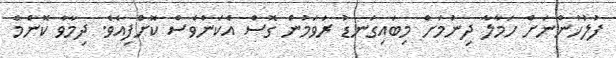
ފުލުހުންނަށް ހަމާލާ ދިނުމަށް މިބައިގަނޑު ރަވަމުން ގޮސް އެކަންވެސް ކޮށްފިއެވެ. ދިމާވާ ކޮންމެ